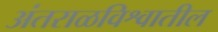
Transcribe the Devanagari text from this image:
अंतराळविश्वातील